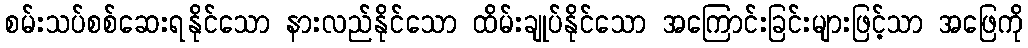
စမ်းသပ်စစ်ဆေးရနိုင်သော နားလည်နိုင်သော ထိမ်းချုပ်နိုင်သော အကြောင်းခြင်းများဖြင့်သာ အဖြေကို